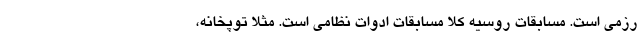
رزمی است. مسابقات روسیه کلاً مسابقات ادوات نظامی است. مثلاً توپخانه،